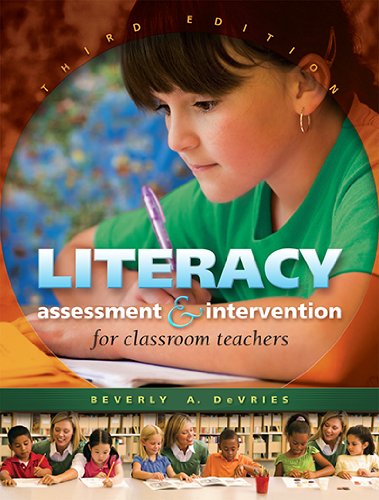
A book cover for Literacy Assessment & Intervention for Classroom Teachers; Beverly A. DeVries; Reference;